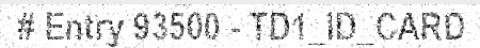
# Entry 93500 - TD1_ID_CARD